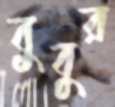
বুবুর